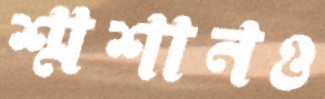
শ্মশানও